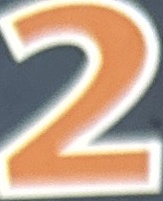
2